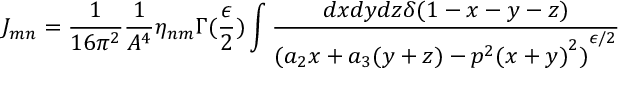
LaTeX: J _ { m n } = \frac { 1 } { 1 6 \pi ^ { 2 } } \frac { 1 } { A ^ { 4 } } \eta _ { n m } \Gamma ( \frac { \epsilon } { 2 } ) \int \frac { d x d y d z \delta ( 1 - x - y - z ) } { { ( a _ { 2 } x + a _ { 3 } ( y + z ) - p ^ { 2 } { ( x + y ) } ^ { 2 } ) } ^ { \epsilon / 2 } }